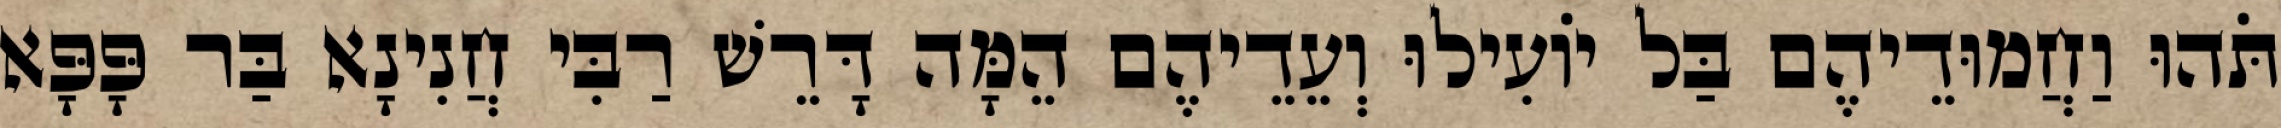
תֹּהוּ וַחֲמוּדֵיהֶם בַּל יוֹעִילוּ וְעֵדֵיהֶם הֵמָּה דָּרֵשׁ רַבִּי חֲנִינָא בַּר פָּפָּא